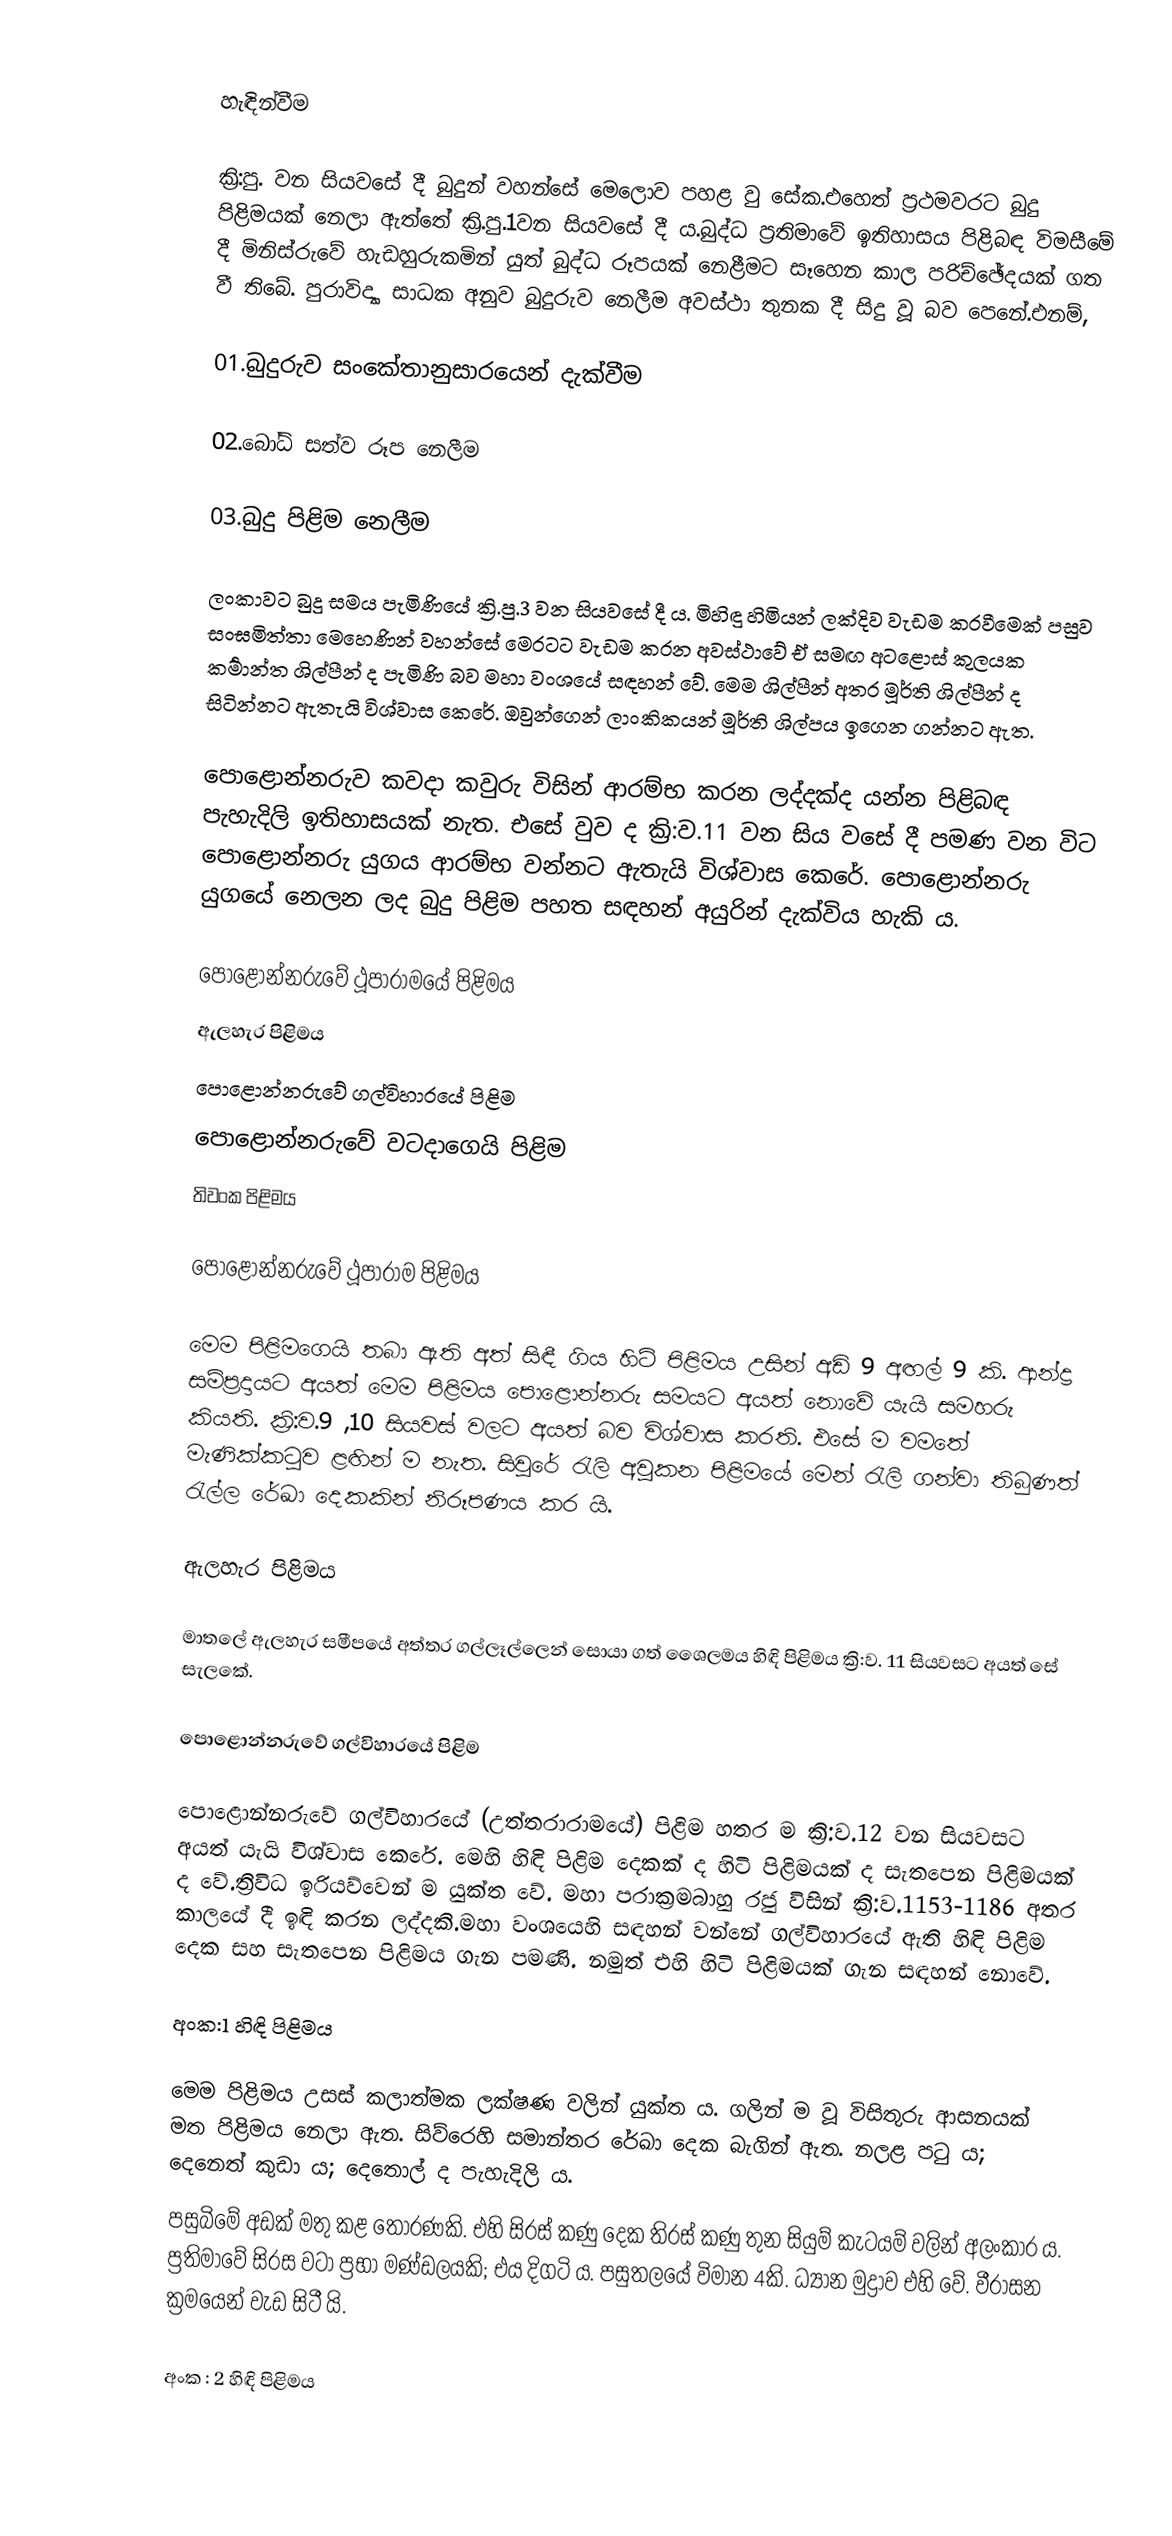

හැඳින්වීම

ක්‍රි:පු. වන සියවසේ දී බුදුන් වහන්සේ මෙලොව පහළ වු සේක.එහෙත් ප්‍රථමවරට බුදු පිළිමයක් නෙලා ඇත්තේ ක්‍රි.පු.1වන සියවසේ දී ය.බුද්ධ ප්‍රතිමාවේ ඉතිහාසය පිළිබඳ විමසීමේ දී මිනිස්රුවේ හැඩහුරුකමින් යුත් බුද්ධ රූපයක් නෙළීමට සෑහෙන කාල පරිච්ඡේදයක් ගත වී තිබේ. පුරාවිද්‍යා සාධක අනුව බුදුරුව නෙලීම අවස්ථා තුනක දී සිදු වූ බව පෙනේ.එනම්,

01.බුදුරුව සංකේතානුසාරයෙන් දැක්වීම

02.බෝධි සත්ව රූප නෙලීම

03.බුදු පිළිම නෙලීම

ලංකාවට බුදු සමය පැමිණියේ ක්‍රි.පු.3 වන සියවසේ දී ය. මිහිඳු හිමියන් ලක්දිව වැඩම කරවීමෙක් පසුව සංඝමිත්තා මෙහෙණින් වහන්සේ මෙරටට වැඩම කරන අවස්ථාවේ ඒ සමඟ අටළොස් කුලයක කර්‍මාන්ත ශිල්පීන් ද පැමිණි බව මහා වංශයේ සඳහන් වේ. මෙම ශිල්පීන් අතර මූර්ති ශිල්පීන් ද සිටින්නට ඇතැයි විශ්වාස කෙරේ. ඔවුන්ගෙන් ලාංකිකයන් මූර්ති ශිල්පය ඉගෙන ගන්නට ඇත.

පොළොන්නරුව කවදා කවුරු විසින් ආරම්භ කරන ලද්දක්ද යන්න පිළිබඳ පැහැදිලි ඉතිහාසයක් නැත. එසේ වුව ද ක්‍රි:ව.11 වන සිය වසේ දී පමණ වන විට පොළොන්නරු යුගය ආරම්භ වන්නට ඇතැයි විශ්වාස කෙරේ. පොළොන්නරු යුගයේ නෙලන ලද බුදු පිළිම පහත සඳහන් අයුරින් දැක්විය හැකි ය.

පොළොන්නරුවේ ථූපාරාමයේ පිළිමය
ඇලහැර පිළිමය
පොළොන්නරුවේ ගල්විහාරයේ පිළිම
පොළොන්නරුවේ වටදාගෙයි පිළිම
තිවංක පිළිමය

පොළොන්නරුවේ ථූපාරාම පිළිමය

මෙම පිළිමගෙයි තබා ඇති අත් සිඳී ගිය හිටි පිළිමය උසින් අඩි 9 අඟල් 9 කි. ආන්ද්‍ර සම්ප්‍රදායට අයත් මෙම පිළිමය පොළොන්නරු සමයට අයත් නොවේ යැයි සමහරු කියති. ක්‍රි:ව.9 ,10 සියවස් වලට අයත් බව විශ්වාස කරති. එසේ ම වමතේ මැණික්කටුව ළඟින් ම නැත. සිවුරේ රැලි අවුකන පිළිමයේ මෙන් රැලි ගන්වා තිබුණත් රැල්ල රේඛා දෙකකින් නිරූපණය කර යි.

ඇලහැර පිළිමය

මාතලේ ඇලහැර සමීපයේ අත්තර ගල්ලෑල්ලෙන් සොයා ගත් ශෛලමය හිඳි පිළිමය ක්‍රි:ව. 11 සියවසට අයත් සේ සැලකේ.

පොළොන්නරුවේ ගල්විහාරයේ පිළිම

පොළොන්නරුවේ ගල්විහාරයේ (උත්තරාරාමයේ) පිළිම හතර ම ක්‍රි:ව.12 වන සියවසට අයත් යැයි විශ්වාස කෙරේ. මෙහි හිඳි පිළිම දෙකක් ද හිටි පිළිමයක් ද සැතපෙන පිළිමයක් ද වේ.ත්‍රිවිධ ඉරියව්වෙන් ම යුක්ත වේ. මහා පරාක්‍රමබාහු රජු විසින් ක්‍රි:ව.1153-1186 අතර කාලයේ දී ඉඳි කරන ලද්දකි.මහා වංශයෙහි සඳහන් වන්නේ ගල්විහාරයේ ඇති හිඳි පිළිම දෙක සහ සැතපෙන පිළිමය ගැන පමණි. නමුත් එහි හිටි පිළිමයක් ගැන සඳහන් නොවේ.

අංක:1 හිඳි පිළිමය

මෙම පිළිමය උසස් කලාත්මක ලක්ෂණ වලින් යුක්ත ය. ගලින් ම වූ විසිතුරු ආසනයක් මත පිළිමය නෙලා ඇත. සිව්රෙහි සමාන්තර රේඛා දෙක බැගින් ඇත. නලළ පටු ය; දෙනෙත් කුඩා ය; දෙතොල් ද පැහැදිලි ය.
පසුබිමේ අඩක් මතු කළ තොරණකි. එහි සිරස් කණු දෙක තිරස් කණු තුන සියුම් කැටයම් වලින් අලංකාර ය. ප්‍රතිමාවේ සිරස වටා ප්‍රභා මණ්ඩලයකි; එය දිගටි ය. පසුතලයේ විමාන 4කි. ධ්‍යාන මුද්‍රාව එහි වේ. වීරාසන ක්‍රමයෙන් වැඩ සිටී යි.

අංක : 2 හිඳි පිළිමය